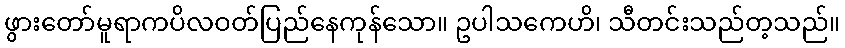
ဖွားတော်မူရာကပိလဝတ်ပြည်နေကုန်သော။ ဥပါသကေဟိ၊ သီတင်းသည်တ့သည်။